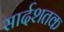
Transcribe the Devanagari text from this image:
सार्दशतक